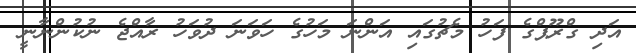
އަދި ގްރޫޕްގެ ފަހު މެޗުގައި އަންނަ މަހުގެ ހަވަނަ ދުވަހު ރާއްޖެ ނުކުންނާނީ